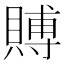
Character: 賻